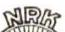
NRK